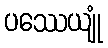
ပဿေယျုံ